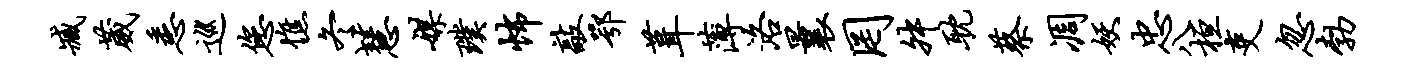
臧葳悉巡您憔冬慧媒璞怖敲鄂葺薄洛曩罔舛耽蔡凋妖忠八桓吏忽勃